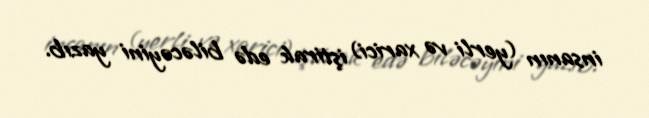
insanın (yerli və xarici) iştirak edə biləcəyini yazıb.